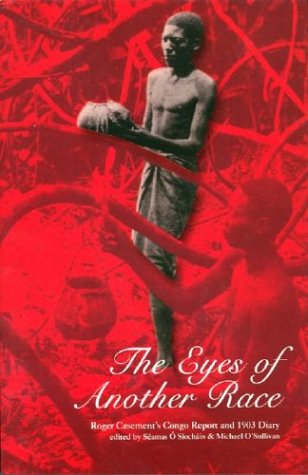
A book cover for The Eyes of Another Race: Roger Casement's Congo Report and 1903 Diary; Roger Casement; Travel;